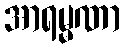
အာရမ္မဏာ